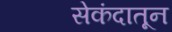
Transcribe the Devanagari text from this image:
सेकंदातून